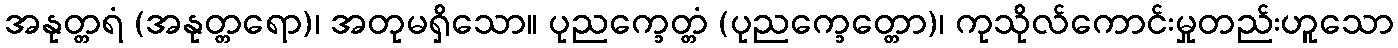
အနုတ္တရံ (အနုတ္တရော)၊ အတုမရှိသော။ ပုညက္ခေတ္တံ (ပုညက္ခေတ္တော)၊ ကုသိုလ်ကောင်းမှုတည်းဟူသော